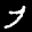
Label: 7